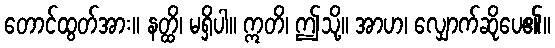
တောင်ထွတ်အား။ နတ္ထိ၊ မရှိပါ။ ဣတိ၊ ဤသို့။ အာဟ၊ လျှောက်ဆိုပေ၏။